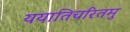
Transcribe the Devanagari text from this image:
ययातिचरितमु